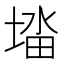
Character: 𭏉